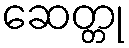
ဆေတ္တု